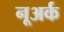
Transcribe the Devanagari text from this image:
नूअर्क